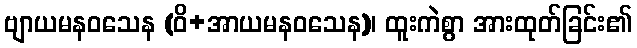
ဗျာယမနဝသေန (ဝိ+အာယမနဝသေန)၊ ထူးကဲစွာ အားထုတ်ခြင်း၏